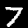
Label: 7